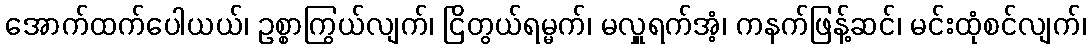
အောက်ထက်ပေါယယ်၊ ဥစ္စာကြွယ်လျက်၊ ငြိတွယ်ရမ္မက်၊ မလှူရက်အံ့၊ ကနက်ဖြန့်ဆင်၊ မင်းထုံစင်လျက်၊